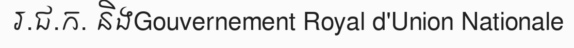
រ.ជ.ក. និងGouvernement Royal d'Union Nationale